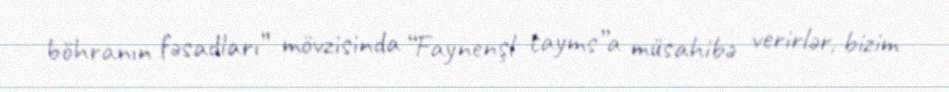
böhranın fəsadları” mövzisinda “Faynenşl tayms”a müsahibə verirlər, bizim